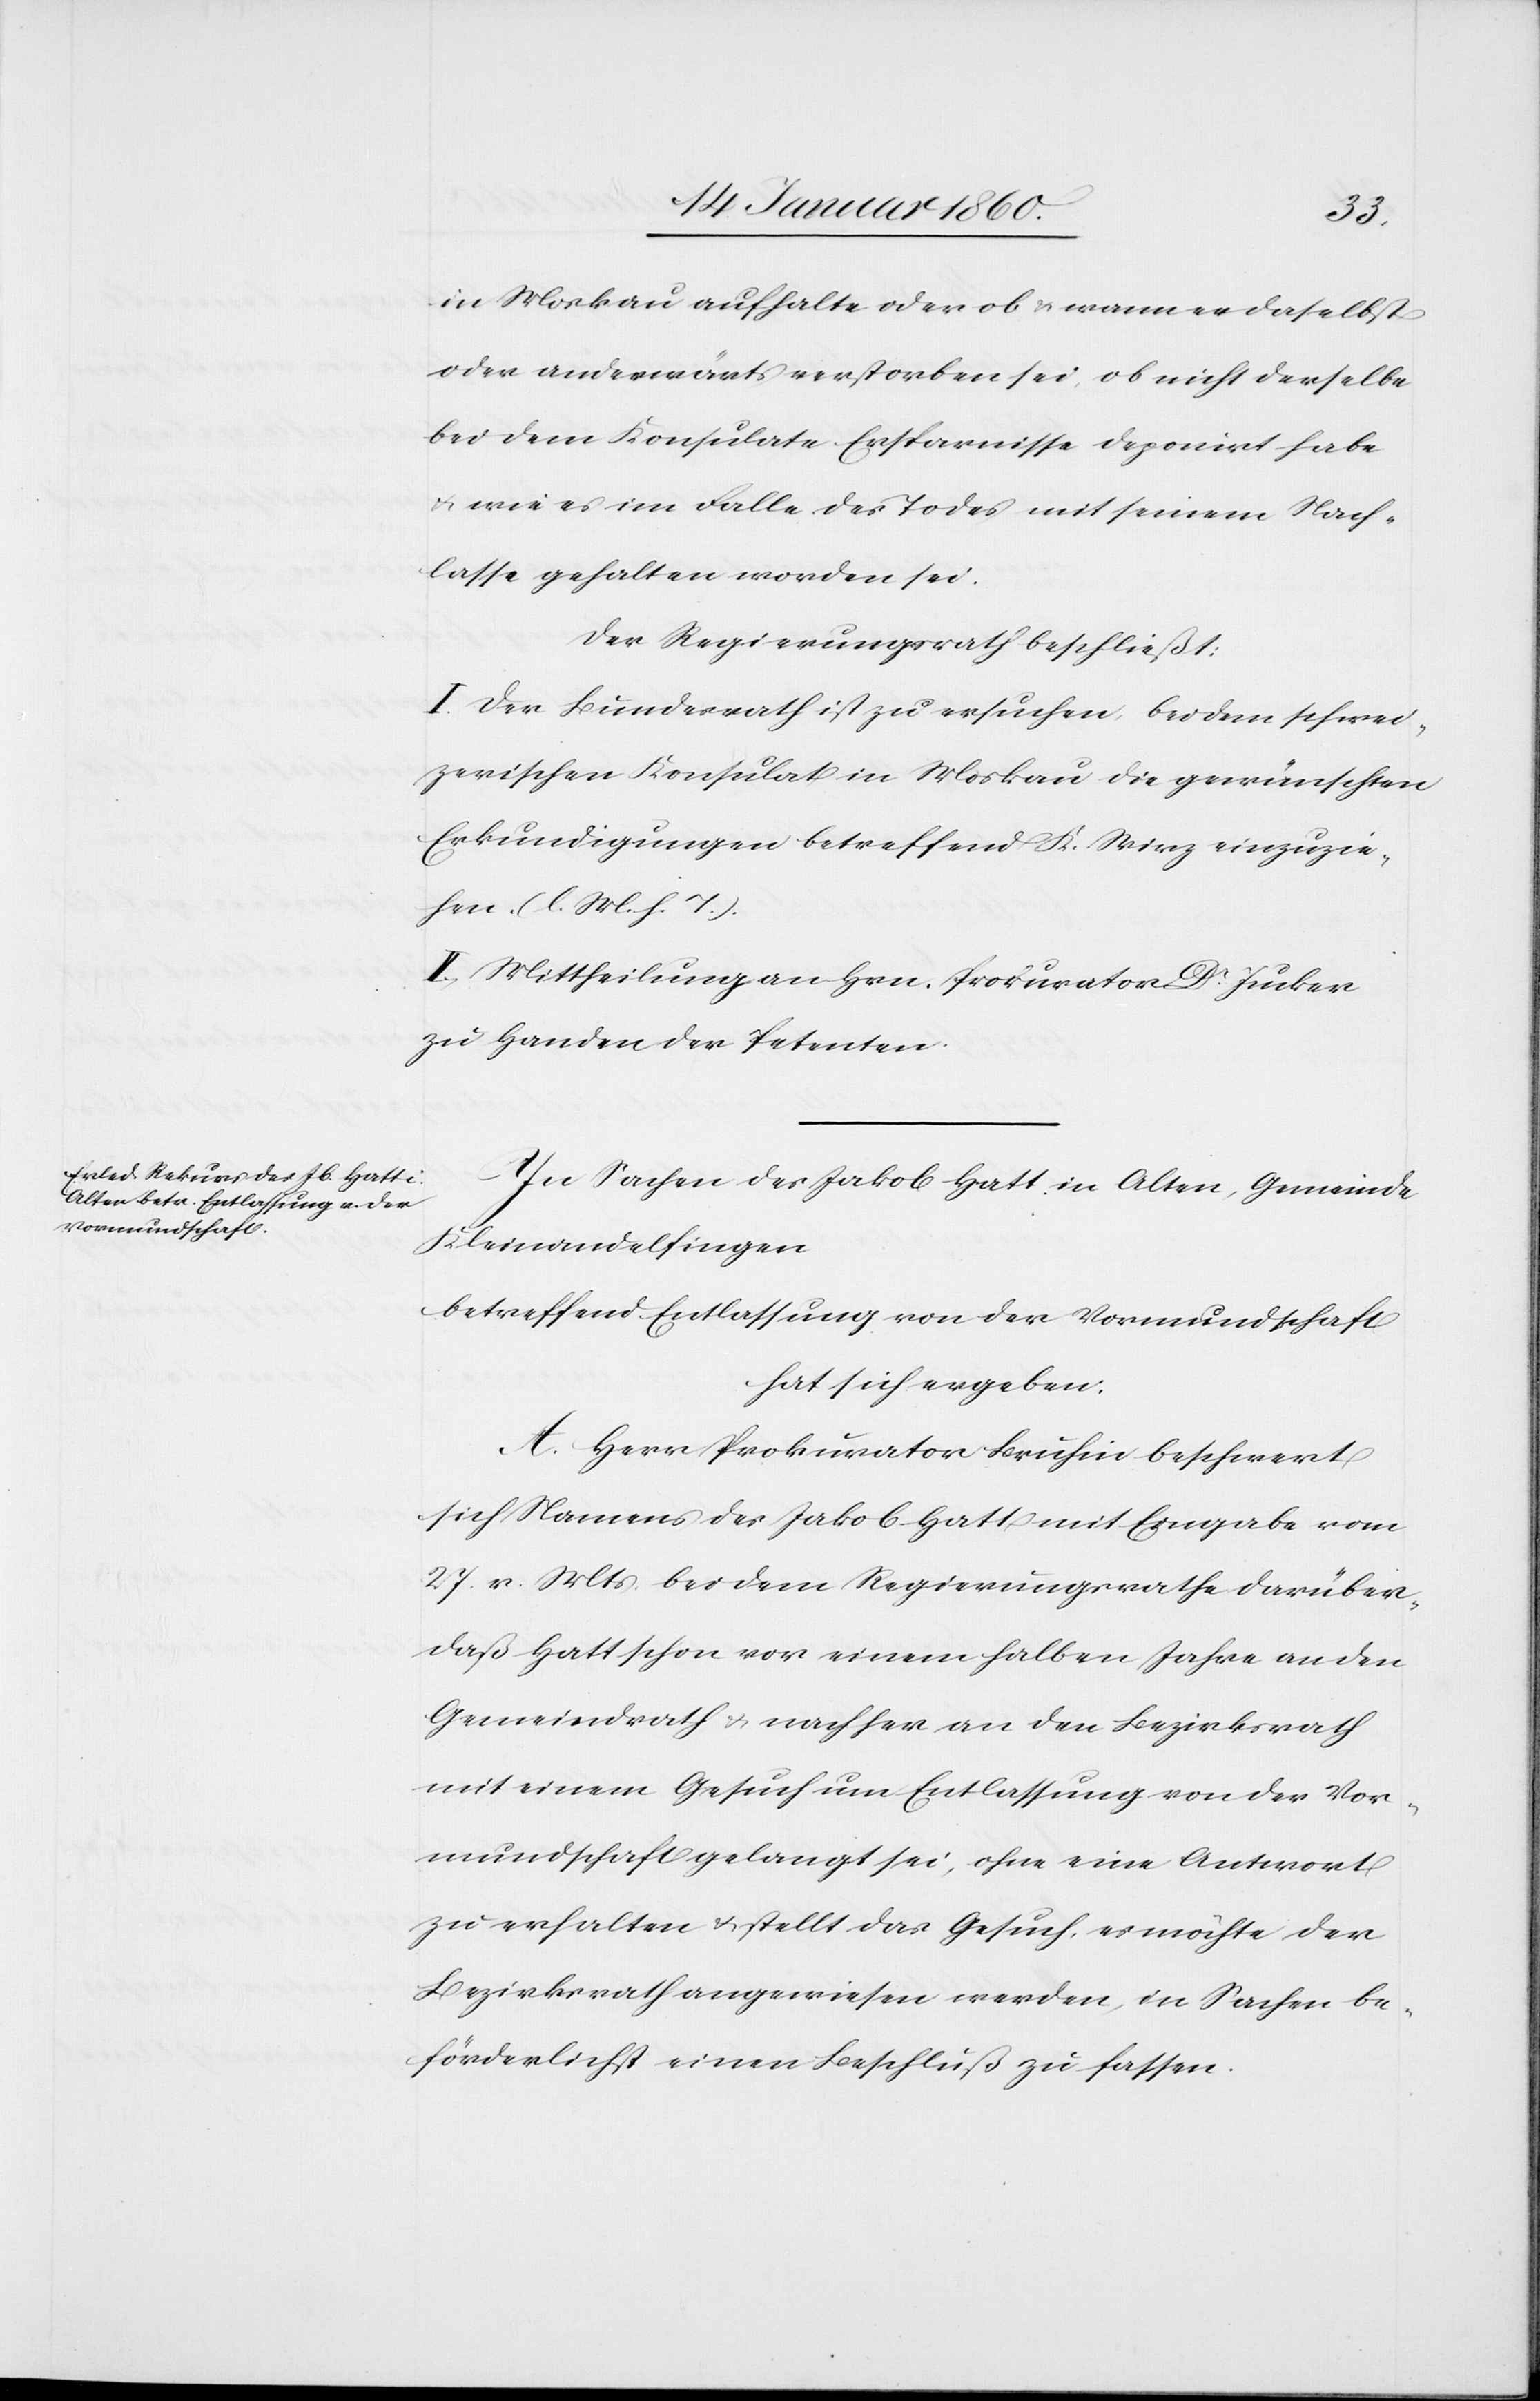
in Moskau aufhalte oder ob u. wann er daselbst
oder anderwärts verstorben sei, ob nicht derselbe
bei dem Konsulate Ersparnisse deponirt habe
u. wie es im Falle des Todes mit seinem Nach¬
lasse gehalten worden sei.
Der Regierungsrath beschließt:
I. Der Bundesrath ist zu ersuchen bei dem schwei¬
zerischen Konsulat in Moskau die gewünschten
Erkundigungen betreffend K. Wirz einzuzie¬
hen. [l. M. v. h. T]
II. Mittheilung an Hrn. Prokurator Dr Jucker
zu Handen der Petenten.
In Sachen des Jakob Hatt in Alten, Gemeinde
Kleinandelfingen
betreffend Entlassung von der Vormundschaft
hat sich ergeben:
A. Herr Prokurator Bruhin beschwert
sich Namens des Jakob Hatt mit Eingabe vom
27. v. Mts. bei dem Regierungsrathe darüber,
daß Hatt schon vor einem halben Jahre an den
Gemeindrath u. nachher an den Bezirksrath
mit einem Gesuch um Entlassung von der Vor¬
mundschaft gelangt sei, ohne eine Antwort
zu erhalten u. stellt das Gesuch, es möchte der
Bezirksrath angewiesen werden, in Sachen be¬
förderlichst einen Beschluß zu fassen.